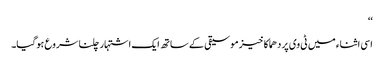
‘‘
اسی اثناء میں ٹی وی پر دھماکا خیز موسیقی کے ساتھ ایک اشتہار چلنا شروع ہوگیا۔